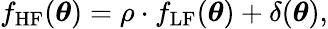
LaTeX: f_{\mathrm{HF}}(\boldsymbol{\theta})=\rho\cdot f_{\mathrm{LF}}(\boldsymbol{\theta})+\delta(\boldsymbol{\theta}),